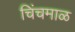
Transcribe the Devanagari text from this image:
चिंचमाळ